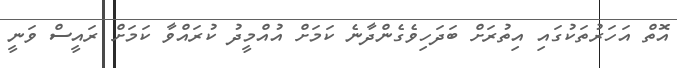
އޮތް އަހަރުތަކުގައި އިތުރަށް ބަދަހިވެގެންދާނެ ކަމަށް އުއްމީދު ކުރައްވާ ކަމަށް ރައީސް ވަނީ